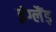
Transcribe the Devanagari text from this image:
इंग्लैंड़